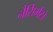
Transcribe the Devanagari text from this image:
नैसिमेंटो